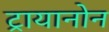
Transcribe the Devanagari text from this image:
ट्रायानोन